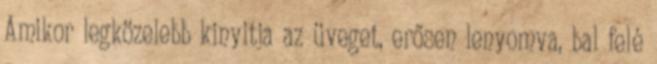
Amikor legközelebb kinyitja az üveget, erősen lenyomva, bal felé